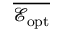
\overline { { \mathcal E _ { \mathrm { o p t } } } }